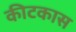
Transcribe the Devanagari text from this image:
कीटकास